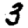
Digit: 3